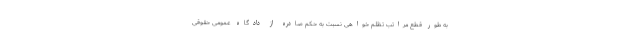
به طور قطع مراتب تظلم خواهی نسبت به حکم صادره از دادگاه عمومی حقوقی